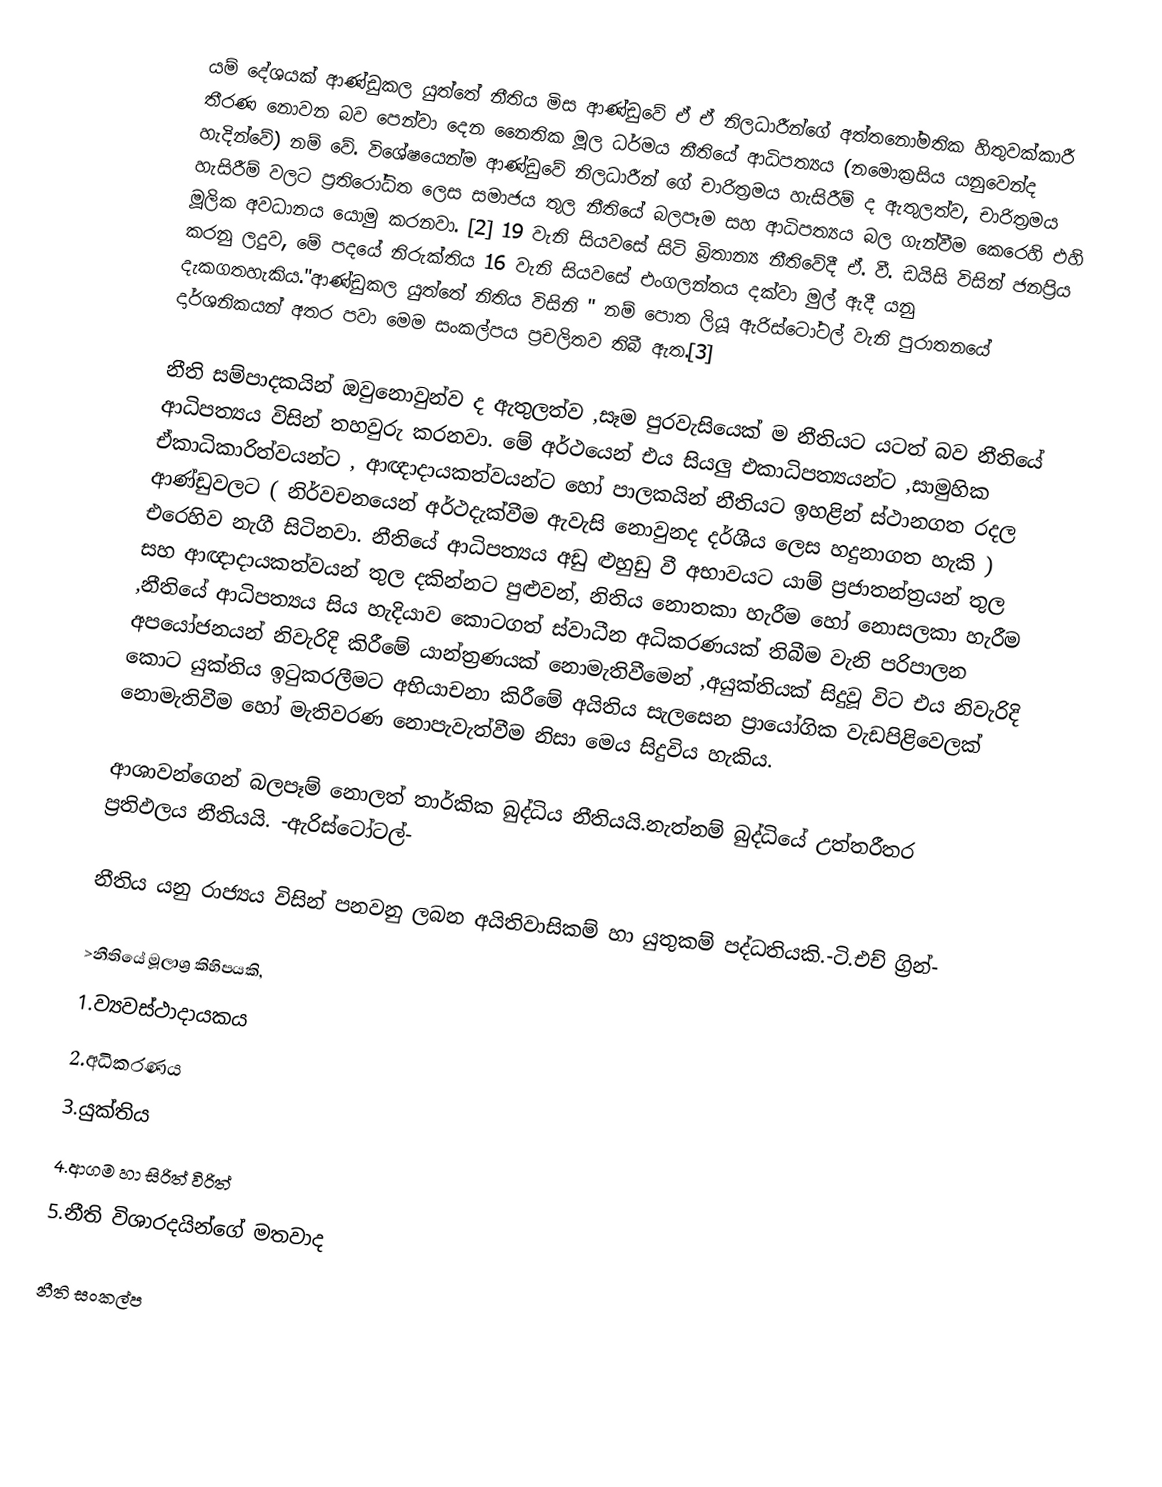
යම් දේශයක් ආණ්ඩුකල යුත්තේ නීතිය මිස ආණ්ඩුවේ ඒ ඒ නිලධාරීන්ගේ අත්තනෝමතික හිතුවක්කාරී තීරණ  නොවන බව පෙන්වා දෙන නෛතික   මූල ධර්මය නීතියේ ආධිපත්‍යය (නමොක්‍රසිය යනුවෙන්ද හැදින්වේ)  නම් වේ.  විශේෂයෙන්ම  ආණ්ඩුවේ නිලධාරීන් ගේ චාරිත්‍රමය හැසිරීම් ද ඇතුලත්ව,  චාරිත්‍රමය හැසිරීම් වලට ප්‍රතිරෝධිත ලෙස සමාජය තුල නීතියේ බලපෑම සහ ආධිපත්‍යය බල ගැන්වීම කෙරෙහි එහි මූලික අවධානය යොමු කරනවා. [2] 19 වැනි සියවසේ සිටි බ්‍රිතාන්‍ය නීතිවේදී  ඒ. වී. ඩයිසි විසින් ජනප්‍රිය කරනු ලදුව, මේ පදයේ නිරුක්තිය 16 වැනි සියවසේ එංගලන්තය දක්වා මුල් ඇදී යනු දැකගතහැකිය."ආණ්ඩුකල යුත්තේ නිතිය විසිනි " නම් පොත ලියූ  ඇරිස්ටෝටල් වැනි පුරාතනයේ දාර්ශනිකයන් අතර  පවා මෙම සංකල්පය ප්‍රචලිතව තිබී ඇත.[3]

නීති සම්පාදකයින්  ඔවුනොවුන්ව ද  ඇතුලත්ව ,සෑම පුරවැසියෙක් ම නීතියට  යටත් බව  නීතියේ ආධිපත්‍යය විසින්  තහවුරු කරනවා. මේ අර්ථයෙන් එය සියලු එකාධිපත්‍යයන්ට ,සාමුහික  ඒකාධිකාරිත්වයන්ට , ආඥාදායකත්වයන්ට හෝ  පාලකයින් නීතියට ඉහළින් ස්ථානගත රදල ආණ්ඩුවලට ( නිර්වචනයෙන් අර්ථදැක්වීම ඇවැසි නොවුනද දර්ශීය ලෙස හදුනාගත හැකි ) එරෙහිව නැගී සිටිනවා. නීතියේ ආධිපත්‍යය අඩු ළුහුඩු වී අභාවයට යාම්  ප්‍රජාතන්ත්‍රයන් තුල සහ ආඥාදායකත්වයන් තුල දකින්නට පුළුවන්, නිතිය නොතකා හැරීම හෝ නොසලකා හැරීම ,නීතියේ ආධිපත්‍යය සිය හැදියාව කොටගත් ස්වාධීන අධිකරණයක් තිබීම වැනි පරිපාලන අපයෝජනයන් නිවැරිදි කිරීමේ යාන්ත්‍රණයක් නොමැතිවීමෙන් ,අයුක්තියක් සිදුවූ විට එය නිවැරිදි කොට යුක්තිය ඉටුකරලීමට  අභියාචනා කිරීමේ අයිතිය සැලසෙන ප්‍රායෝගික වැඩපිළිවෙලක් නොමැතිවීම හෝ මැතිවරණ නොපැවැත්වීම  නිසා මෙය සිදුවිය හැකිය.

ආශාවන්ගෙන් බලපෑම් නොලත් තාර්කික බුද්ධිය නීතියයි.නැත්නම් බුද්ධියේ උත්තරීතර ප්‍රතිඵලය නීතියයි. -ඇරිස්ටෝටල්-

නීතිය යනු රාජ්‍යය විසින් පනවනු ලබන අයිතිවාසිකම් හා යුතුකම් පද්ධතියකි.-ටි.එච් ග්‍රින්-

>නීතියේ මූලාශ්‍ර කිහිපයකි,
  1.ව්‍යවස්ථාදායකය
  2.අධිකරණය
  3.යුක්තිය
  4.ආගම හා සිරිත් විරිත්
  5.නීති විශාරදයින්ගේ මතවාද

නීති සංකල්ප